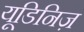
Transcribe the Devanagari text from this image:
यूडिनिज़